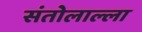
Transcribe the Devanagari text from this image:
संतोलाल्ला